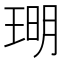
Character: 𪻪